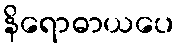
နိရောဓာယပေ